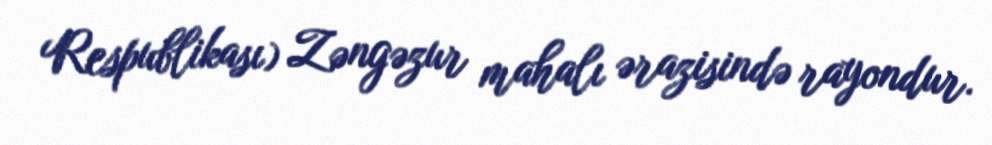
Respublikası) Zəngəzur mahalı ərazisində rayondur.